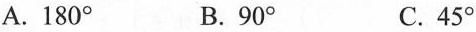
A.180° B.90° C.45°